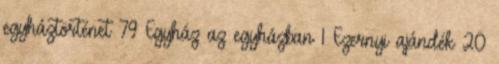
egyháztörténet 79 Egyház az egyházban 1 Ezernyi ajándék 20